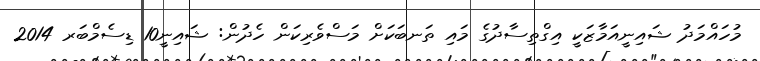
މުހައްމަދު ޝައިނީއަމާޒަކީ އިގްތިސާދުގެ މައި ތަނބަކަށް މަސްވެރިކަން ހެދުން: ޝައިނީ10 ޑިސެމްބަރ 2014